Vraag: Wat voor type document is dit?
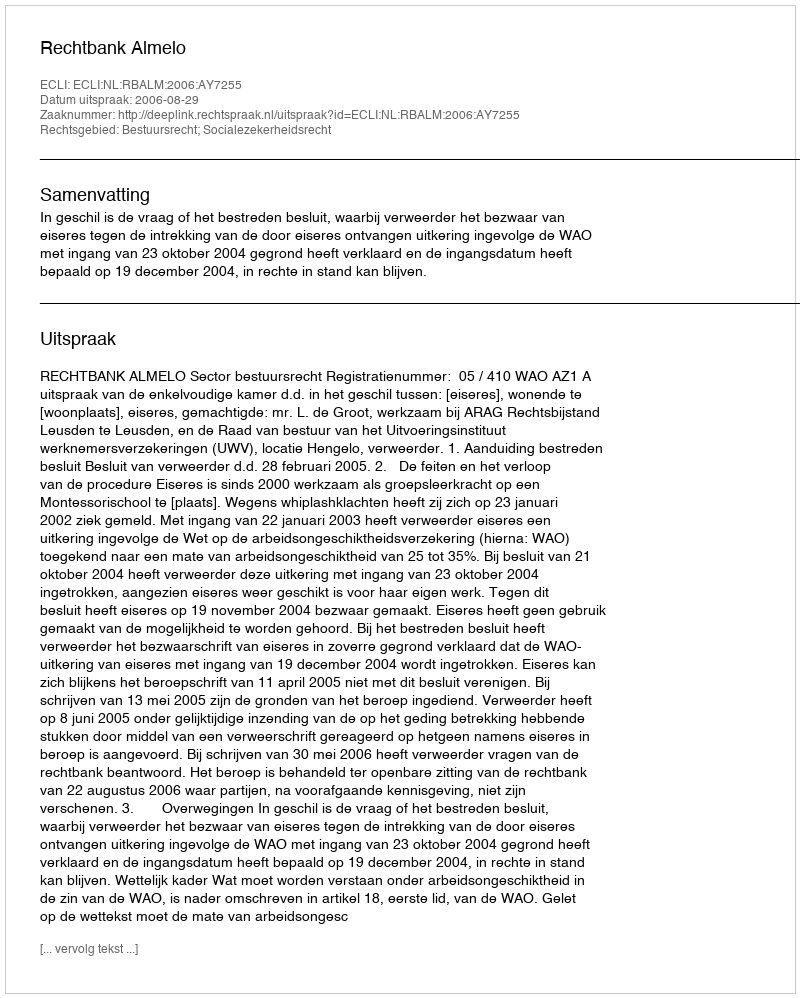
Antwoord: Uitspraak